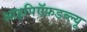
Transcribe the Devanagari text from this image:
आइपिऍफ़डब्ल्यू